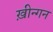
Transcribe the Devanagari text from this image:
ख़ीन्गन